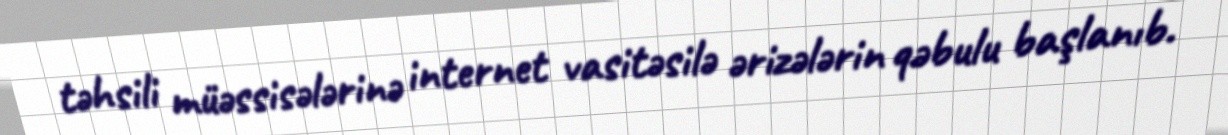
təhsili müəssisələrinə internet vasitəsilə ərizələrin qəbulu başlanıb.